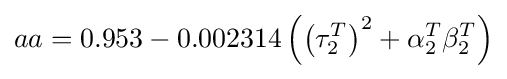
aa=0.953-0.002314\left(\left(\tau _{2}^{T}\right)^{2}+\alpha _{2}^{T}\beta _{2}^{T}\right)